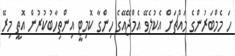
ހަ މެމްބަރުންގެ މައްޗަށް އެކުލެވޭ އެމްޖޭއޭގެ ހިންގާ ކޮމިޓީ އިންތިހާބުކުރުން އޮތީ މިރޭ